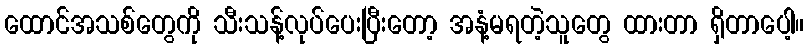
ထောင်အသစ်တွေကို သီးသန့်လုပ်ပေးပြီးတော့ အနံ့မရတဲ့သူတွေ ထားတာ ရှိတာပေါ့။